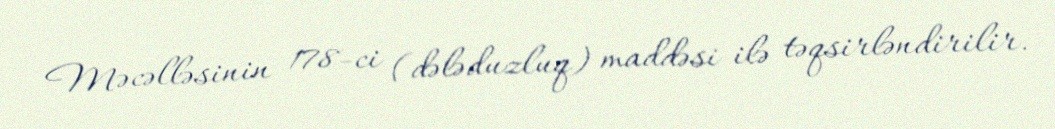
Məcəlləsinin 178-ci (dələduzluq) maddəsi ilə təqsirləndirilir.